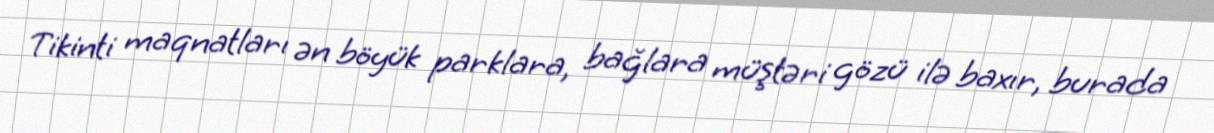
Tikinti maqnatları ən böyük parklara, bağlara müştəri gözü ilə baxır, burada